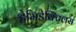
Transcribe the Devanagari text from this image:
हेमिडेक्टिलस